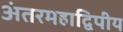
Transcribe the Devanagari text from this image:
अंतरमहाद्विपीय